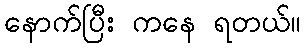
နောက်ပြီး ကနေ ရတယ်။